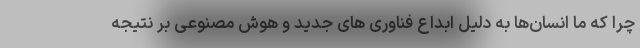
چرا که ما انسان‌ها به دلیل ابداع فناوری های جدید و هوش مصنوعی بر نتیجه